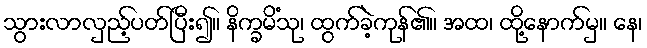
သွားလာလှည့်ပတ်ပြီး၍။ နိက္ခမိံသု၊ ထွက်ခဲ့ကုန်၏။ အထ၊ ထို့နောက်မှ။ နေ၊